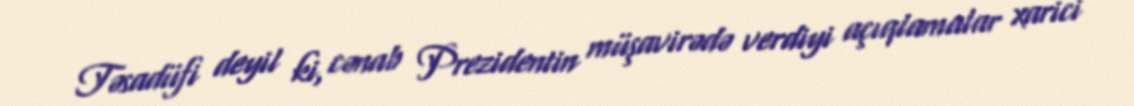
Təsadüfi deyil ki, cənab Prezidentin müşavirədə verdiyi açıqlamalar xarici